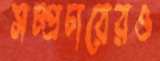
সম্প্রচারেরও